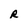
Character: R